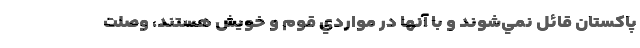
پاكستان قائل نمي‌شوند و با آنها در مواردي قوم و خويش هستند، وصلت